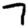
Digit: 7